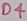
Text: D4